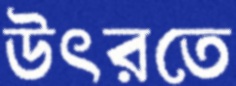
উৎরতে